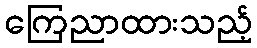
ကြေညာထားသည့်